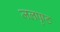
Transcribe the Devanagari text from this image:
जलपृष्ठ